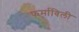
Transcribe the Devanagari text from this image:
फर्माविली